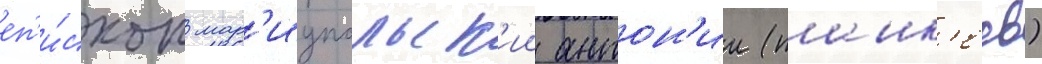
еп'и́скоп мар'иупольск'ии антон'ии (панк'еев)